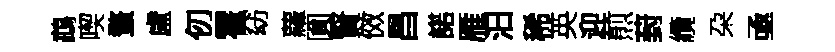
鵡喫蝥盧仞霍窈蘿圎賢傚昌諾雁汩稀英迎煎葑纜朶亟